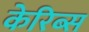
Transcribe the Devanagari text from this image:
केरिब्स